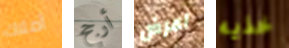
أملاك أرجح اعرض خذيه